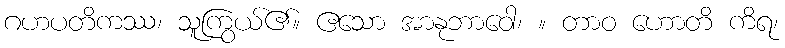
ဂဟပတိကဿ၊ သူကြွယ်၏။ ဧသော အာနုဘာဝေါ၊ ။ တာဝ ဟောတိ ကိရ၊